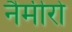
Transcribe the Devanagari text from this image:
नैमीरो